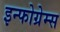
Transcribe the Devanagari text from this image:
इन्फोग्रेम्स